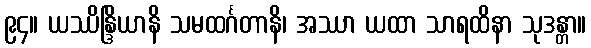
၉၄။ ယဿိန္ဒြိယာနိ သမထင်္ဂတာနိ၊ အဿာ ယထာ သာရထိနာ သုဒန္တာ။